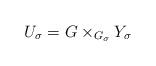
LaTeX: \begin{align*}U_\sigma = G\times_{G_\sigma} Y_\sigma\end{align*}